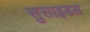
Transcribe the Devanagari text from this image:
सुसाइडल